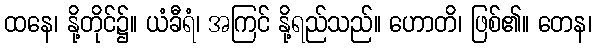
ထနေ၊ နို့တိုင်၌။ ယံခီရံ၊ အကြင် နို့ရည်သည်။ ဟောတိ၊ ဖြစ်၏။ တေန၊